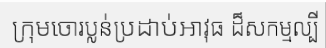
ក្រុមចោរប្លន់ប្រដាប់អាវុធ ដ៏សកម្មល្បី